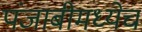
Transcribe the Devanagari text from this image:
पंजाबीमध्येच